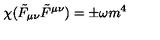
\chi ( \tilde { F } _ { \mu \nu } \tilde { F } ^ { \mu \nu } ) = \pm \omega m ^ { 4 }